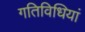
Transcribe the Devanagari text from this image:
गतिविधियां